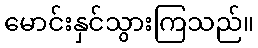
မောင်းနှင်သွားကြသည်။